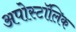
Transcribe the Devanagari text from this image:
अपोस्टॉलिक